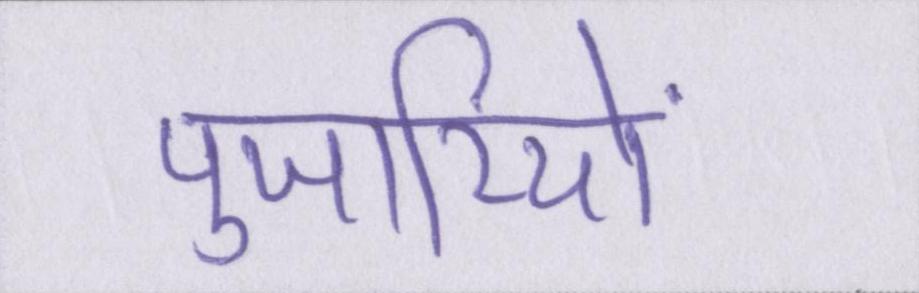
पुजारियों